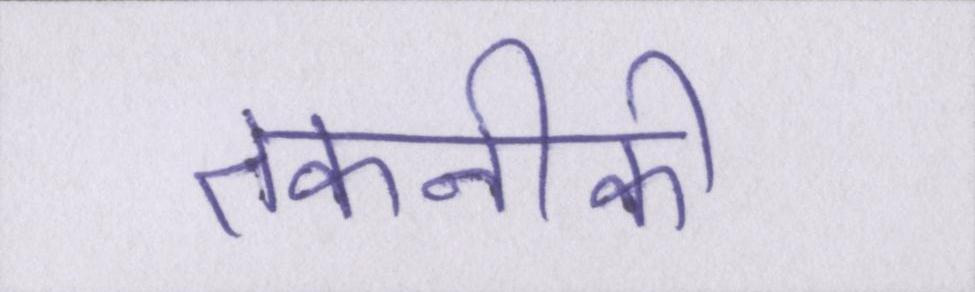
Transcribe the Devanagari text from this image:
तकनीकी